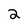
Character: 2